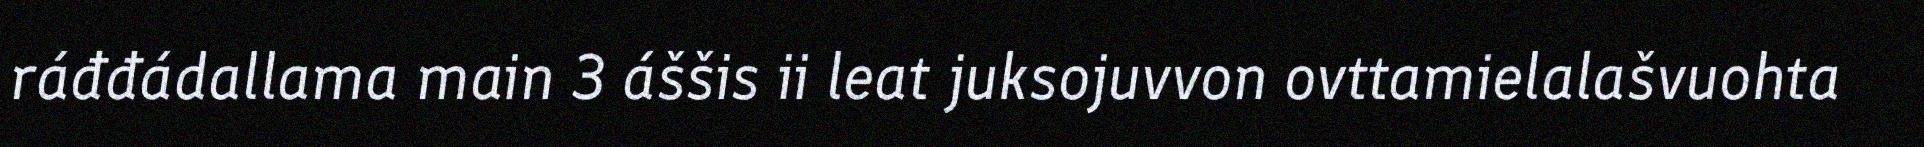
ráđđádallama main 3 áššis ii leat juksojuvvon ovttamielalašvuohta